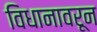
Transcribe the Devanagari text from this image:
विधानावरून